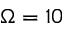
\Omega = 1 0